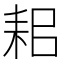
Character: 耜